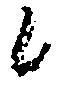
候